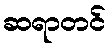
ဆရာတင်